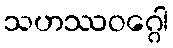
သဟဿဝဂ္ဂေါ